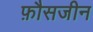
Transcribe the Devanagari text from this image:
फ़ौसजीन